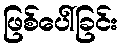
ဖြစ်ပေါ်ခြင်း